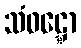
သံဝဋ္ဋော